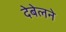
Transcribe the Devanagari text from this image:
देबेलने